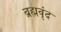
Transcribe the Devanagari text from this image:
ब्रह्मवृंद